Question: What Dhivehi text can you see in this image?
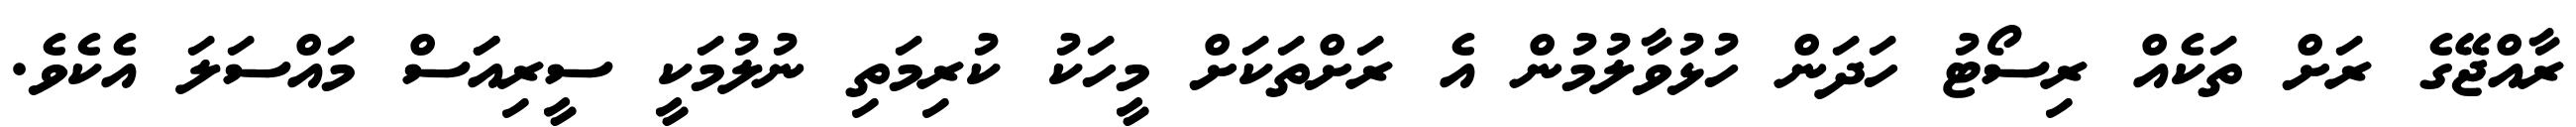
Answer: ރާއްޖޭގެ ރަށް ތަކެއް ރިސޯޓު ހަދަން ހުޅުވާލުމުން އެ ރަށްތަކަށް މީހަކު ކުރިމަތި ނުލުމަކީ ސީރިއަަސް މައްސަލަ އެކެވެ.